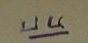
บน